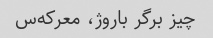
چیز برگر باروژ، معرکه‌س